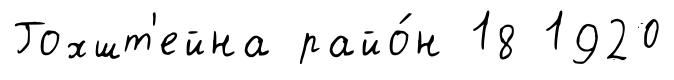
Гохшт'ейна райо́н 18 1920